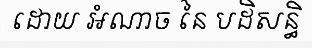
ដោយ អំណាច នៃ បដិសន្ធិ